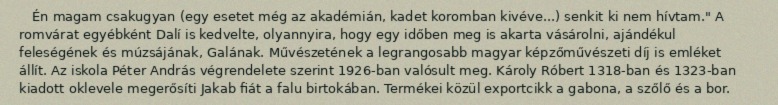
Én magam csakugyan (egy esetet még az akadémián, kadet koromban kivéve...) senkit ki nem hívtam." A romvárat egyébként Dalí is kedvelte, olyannyira, hogy egy időben meg is akarta vásárolni, ajándékul feleségének és múzsájának, Galának. Művészetének a legrangosabb magyar képzőművészeti díj is emléket állít. Az iskola Péter András végrendelete szerint 1926-ban valósult meg. Károly Róbert 1318-ban és 1323-ban kiadott oklevele megerősíti Jakab fiát a falu birtokában. Termékei közül exportcikk a gabona, a szőlő és a bor.